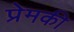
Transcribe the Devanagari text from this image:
प्रेमकी